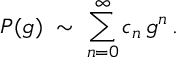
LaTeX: { \cal P } ( g ) \; \sim \; \sum _ { n = 0 } ^ { \infty } c _ { n } \, g ^ { n } \, .